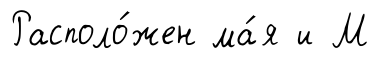
Располо́жен ма́я и М